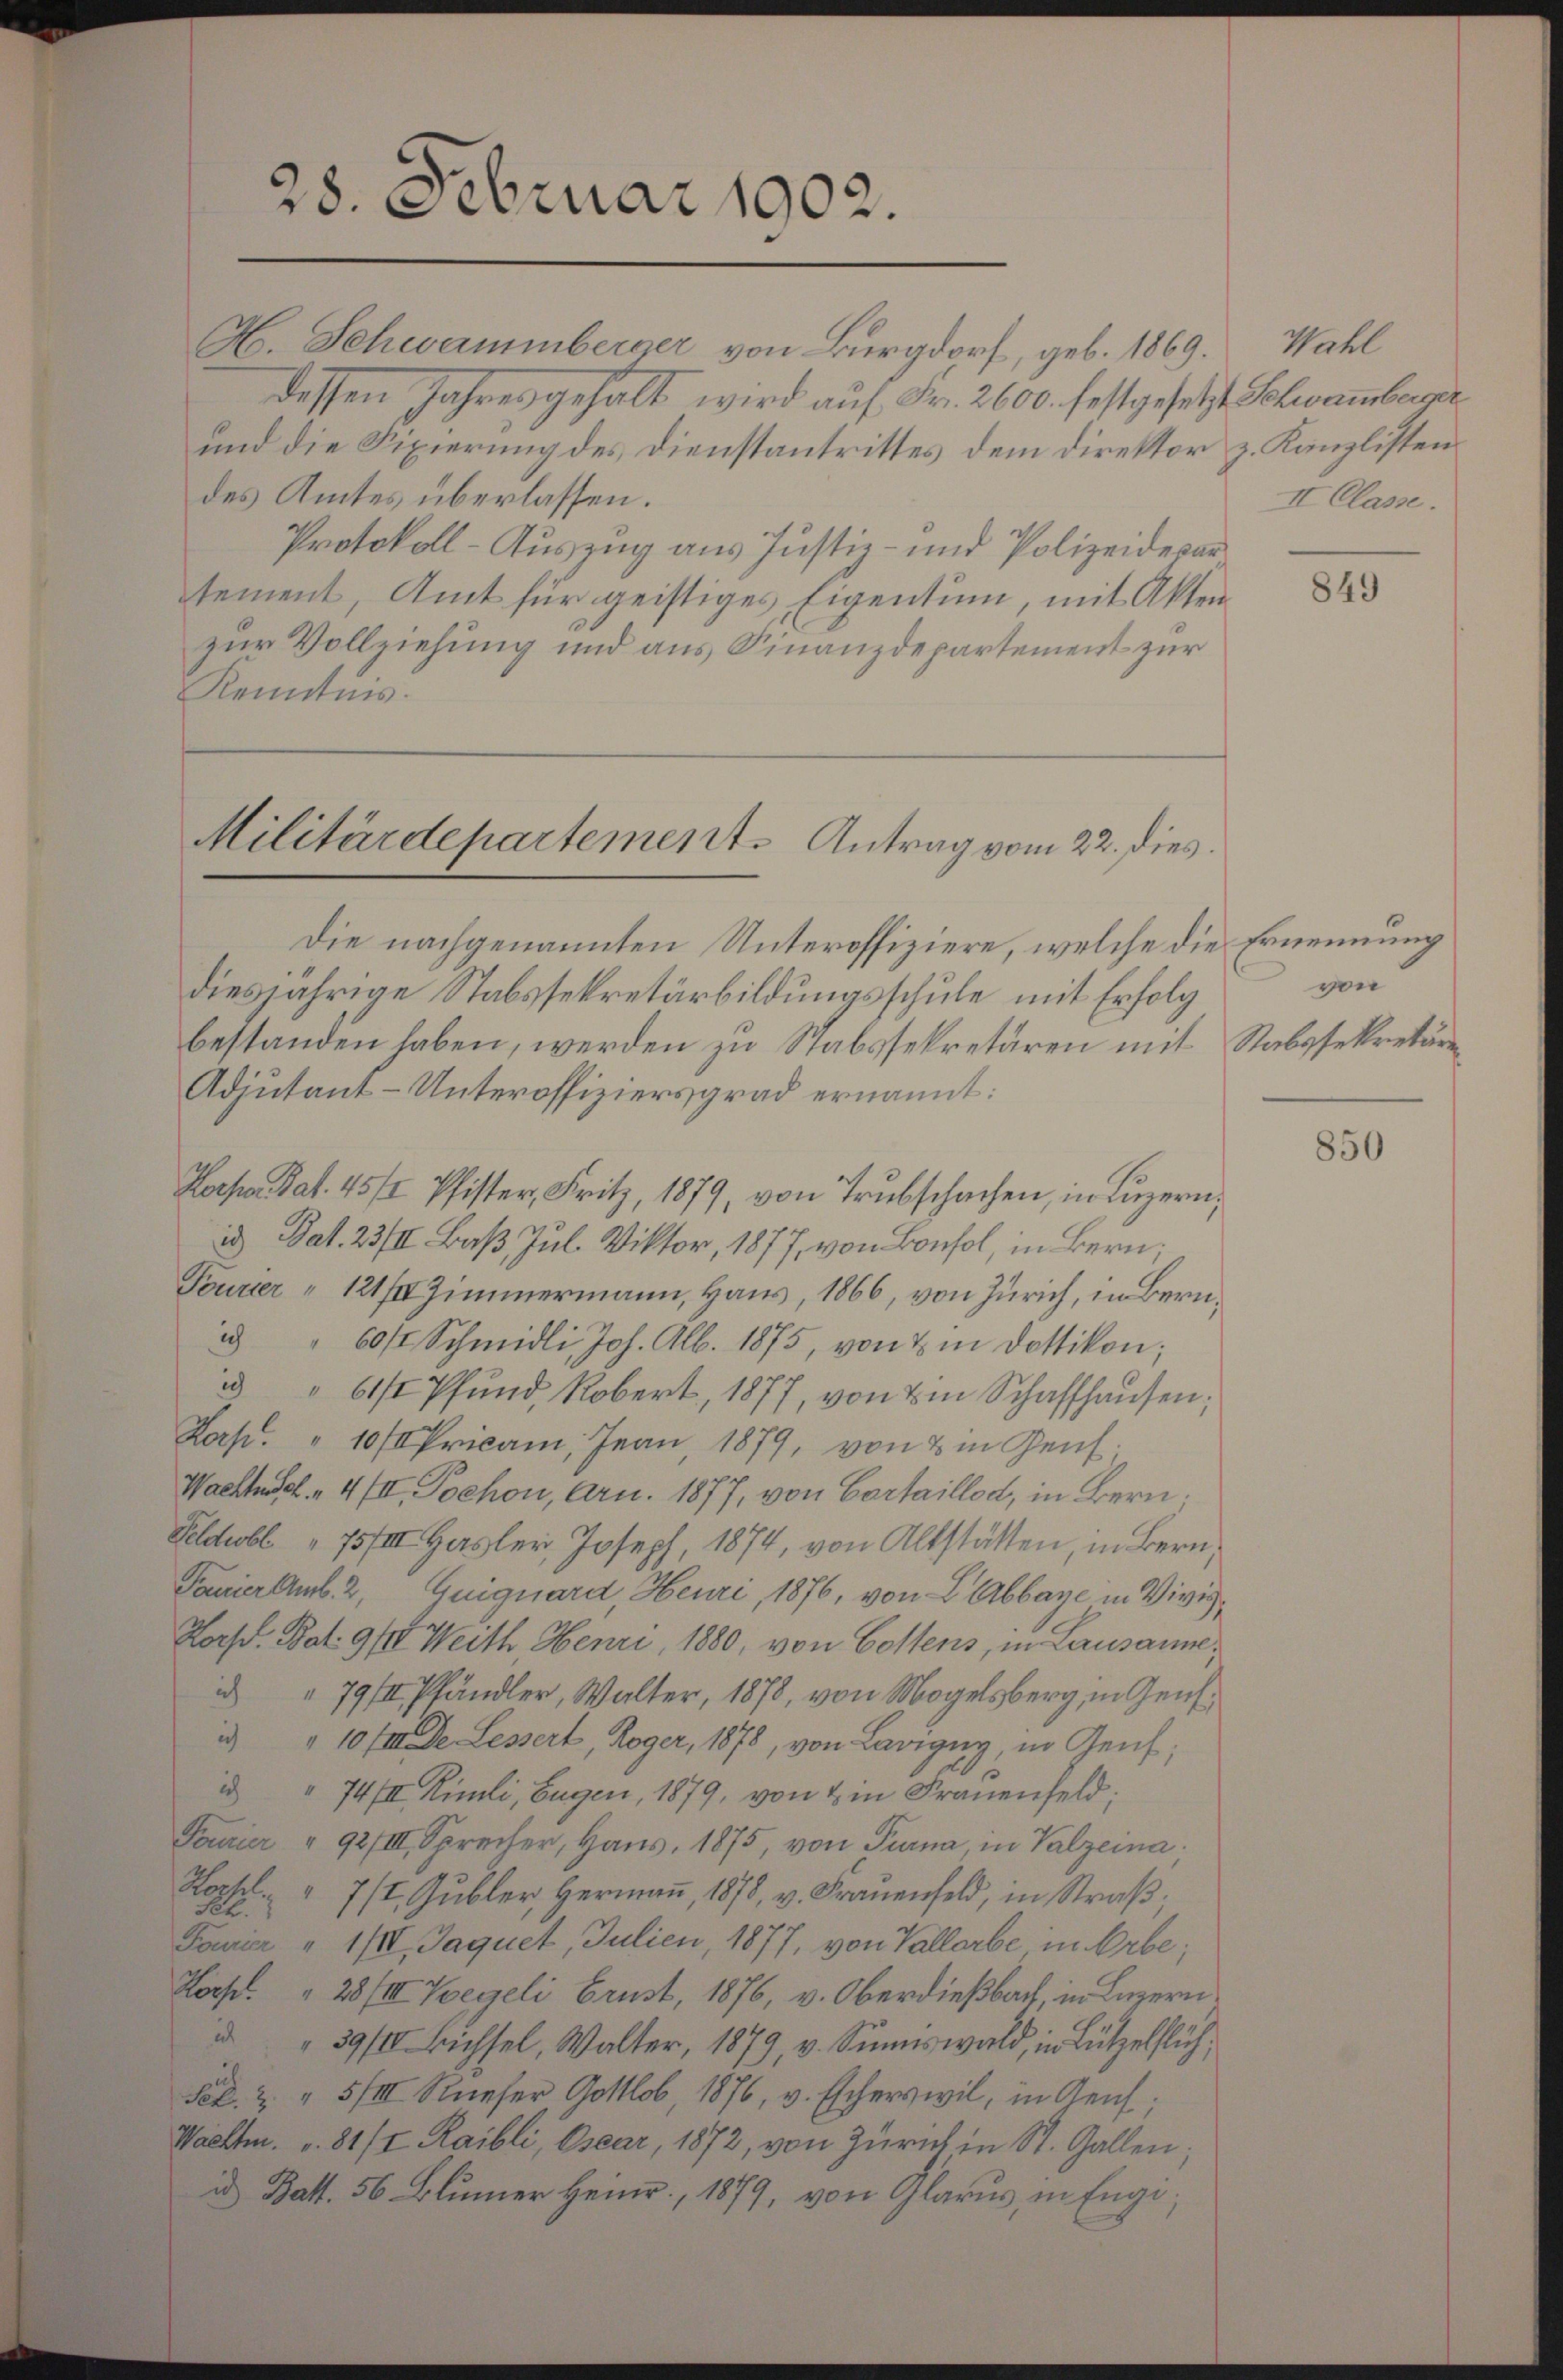
H. Schwammberger von Burgdorf, geb. 1869. Wahl
dessen Jahres gehalt wird auf Fr. 2600. festgesetzt Schwamberge
und die Fixierung des Dienstantrittes dem Direktor z. Kanzlisten
des Amtes überlassen.
Protokoll-Auszug aus Justiz- und Polizeidepar
tement, Amt für geistiges Eigentum, mit Akten
zur Vollziehung und aus Finanzdepartement zur
Kenntnis.

28. Februar 1902.

Militärdepartement. Antrag vom 22. dies

Die nachgenannten Unteroffiziere, welche die Ernennung
diesjährige Stabssekretärbildungsschule mit Erfolg
bestanden haben, werden zu Stabssekretären mit Stabssekretären
Adjutant-Unteroffiziers grad ernannt:
Hoepan Pat. 45/2 Pfister, Fritz, 1879, von Trubschachen, in Luzern,
i Dat. 23/II Baß, Jul. Viktor, 1877, von Bonfol, in Bern;
Fourcer " 121/II Zimmermann, Haus, 1866, von Zürich, in Bern¬
 " 60/ Schmidli Joh. Alb. 1875, von & in Dottikon;
 " 611 Pfund, Robert, 1877, von am Schaffhaŭsen;
Kap. " 10f Pricam Jean 1879, von & in Genf.
Wachte sel.  4 III. Pochon, Arn. 1877, von Cartaillod, in Bern;
Feldeobl 75/III. Hasler, Joseph, 1874, von Altstätten, in Bern,
Panier Amb. 2, Guiguard, Heuri, 1876, von L. Abbaye in Vivis,
Hors. Bat. 912 Weith Henri 1880, von Gottens, in Lausanne,
id " 79/II Pfändler, Walter, 1878, von Mogelsberg, in Genf.
i " 10 f. De Lessert, Roger, 1878, von Lavigny, in Genf;
i " 74/II Kimli, Eugen, 1879, von & in Frauenfeld:
Fourier " 92/III. Sprecher, Haŭs, 1875, von Turna in Valzeina
Hoppel " " 7/I. Gŭbler, Hermaṅ, 1878, v. Frauenfeld, in Straβ
Hch.
Fourier u III Jaquet, Julien, 1877, von Vallerbe in Arbe;
Loche. " 28/III. Wegeli brust, 1876, v. Oberdießbach, in Luzern.
39/I Bichsel, Walter, 1879, v. Sinnes wald, in Lützelflüch¬
Fel. z. " 5/III Reser Gottlob, 1876, v. Escherswil, in Genf,
Wachten.  81/I Raibli, Csar, 1872, von Zürich in St. Gallen;
id Batt. 56. Blumer Heinr., 1879, von Glarus, in Enge¬

II Classe.

849

von

850